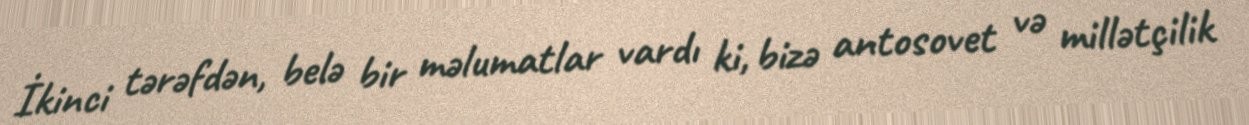
İkinci tərəfdən, belə bir məlumatlar vardı ki, bizə antosovet və millətçilik